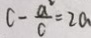
C - \frac { a ^ { 2 } } { c } = 2 a